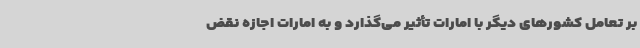
بر تعامل کشورهای دیگر با امارات تأثیر می‌گذارد و به امارات اجازه نقض